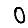
Digit: 0